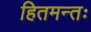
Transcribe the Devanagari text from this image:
हितमन्तः